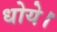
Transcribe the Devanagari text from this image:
धोये।